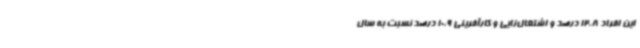
این افراد 12.8 درصد و اشتغال‌زایی و کارآفرینی 10.9 درصد نسبت به سال